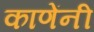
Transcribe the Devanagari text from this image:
काणेंनी